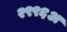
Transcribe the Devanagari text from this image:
२९९६अ